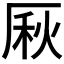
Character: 𠩾